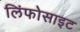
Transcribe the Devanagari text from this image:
लिंफोसाइट